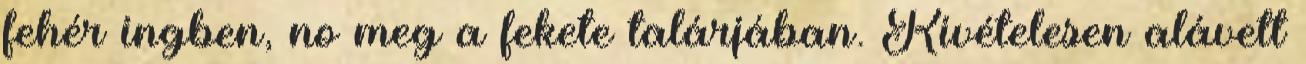
fehér ingben, no meg a fekete talárjában. Kivételesen alávett